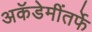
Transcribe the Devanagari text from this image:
अकॅडेमींतर्फे